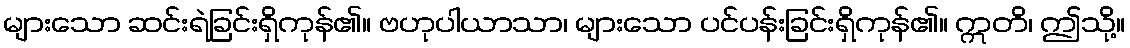
များသော ဆင်းရဲခြင်းရှိကုန်၏။ ဗဟုပါယာသာ၊ များသော ပင်ပန်းခြင်းရှိကုန်၏။ ဣတိ၊ ဤသို့။